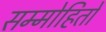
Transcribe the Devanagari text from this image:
सम्मोहितो